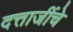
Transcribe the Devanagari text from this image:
दत्ताजींचे